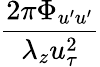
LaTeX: \frac{2\pi\Phi_{u^{\prime}u^{\prime}}}{\lambda_{z}u_{\tau}^{2}}